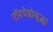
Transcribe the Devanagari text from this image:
टॉरपेडोसुद्धा